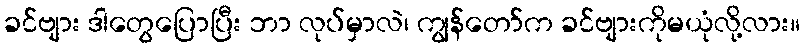
ခင်ဗျား ဒါတွေပြောပြီး ဘာ လုပ်မှာလဲ၊ ကျွန်တော်က ခင်ဗျားကိုမယုံလို့လား။